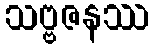
သဗ္ဗဇနဿ